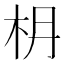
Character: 𣏵